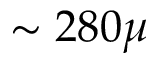
\sim 2 8 0 \mu